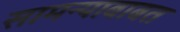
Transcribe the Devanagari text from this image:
सामन्याबाबत